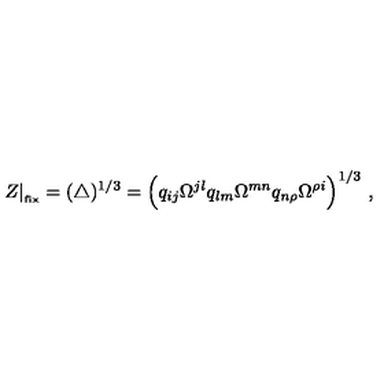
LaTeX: Z | _ { \phantom { } _ { \mathrm { f i x } } } = ( \triangle ) ^ { 1 / 3 } = \Bigl ( q _ { i j } \Omega ^ { j l } q _ { l m } \Omega ^ { m n } q _ { n \rho } \Omega ^ { \rho i } \Bigr ) ^ { 1 / 3 } \ ,